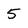
Character: 5